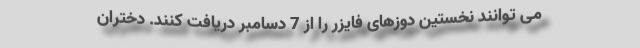
می توانند نخستین دوزهای فایزر را از 7 دسامبر دریافت کنند. دختران